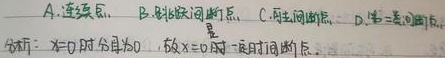
A. 连续点, B. 跳跃间断点, C. 可去间断点, D. 第二类间断点.分析：\(x = 0\) 时分母为 \(0\)，故 \(x = 0\) 时是间断点.